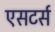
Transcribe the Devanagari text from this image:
एसटर्स